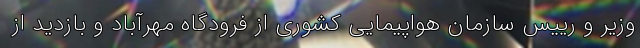
وزیر و رییس سازمان هواپیمایی کشوری از فرودگاه مهرآباد و بازدید از